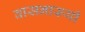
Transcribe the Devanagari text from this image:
वासनारूपी